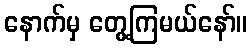
နောက်မှ တွေ့ကြမယ်နော်။